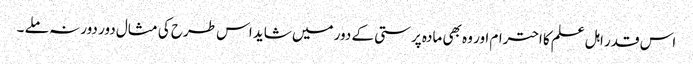
اس قدر اہل علم کا احترام اور وہ بھی مادہ پرستی کے دور میں شاید اس طرح کی مثال دور دور نہ ملے ۔